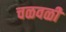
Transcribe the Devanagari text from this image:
चळवळीे